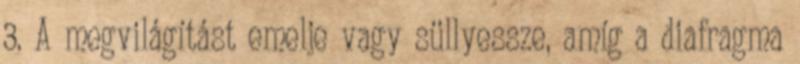
3. A megvilágítást emelje vagy süllyessze, amíg a diafragma